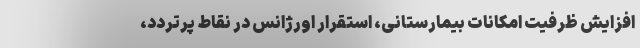
افزایش ظرفیت امکانات بیمارستانی، استقرار اورژانس در نقاط پرتردد،